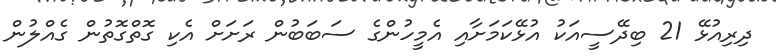
ދިރިއުޅޭ 21 ބިދޭސީއަކު އުޅޭކަމަށާއި އެމީހުންގެ ސަބަބުން ރަށަށް އެކި ގޮތްގޮތުން ގެއްލުން